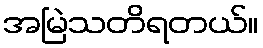
အမြဲသတိရတယ်။